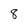
Character: 8